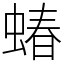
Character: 蝽